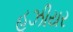
હૂઝીયર